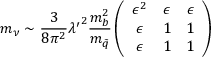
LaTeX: m _ { \nu } \sim { \frac { 3 } { 8 \pi ^ { 2 } } } { \lambda ^ { \prime } } ^ { 2 } { \frac { m _ { b } ^ { 2 } } { m _ { \tilde { q } } } } \left( \begin{array} { c c c } { { \epsilon ^ { 2 } } } & { { \epsilon } } & { { \epsilon } } \\ { { \epsilon } } & { { 1 } } & { { 1 } } \\ { { \epsilon } } & { { 1 } } & { { 1 } } \end{array} \right)